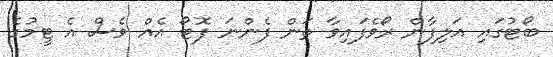
ބޯޓުގައި އަލިފާން ރޯވެފައިވާ ތަން ފެންނަ ފޮޓޯ އެއް ވެސް އެ ޓީމުގެ